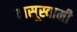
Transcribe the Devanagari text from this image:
वासूस्वामी